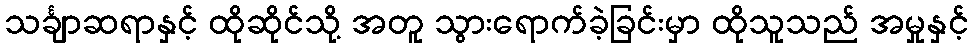
သင်္ချာဆရာနှင့် ထိုဆိုင်သို့ အတူ သွားရောက်ခဲ့ခြင်းမှာ ထိုသူသည် အမှုနှင့်